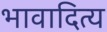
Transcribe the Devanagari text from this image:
भावादित्य